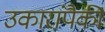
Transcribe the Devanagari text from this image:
उकारांपैकी